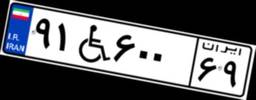
۹۱W۶۰۰۶۹